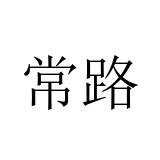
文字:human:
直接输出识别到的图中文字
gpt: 常路